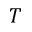
T